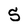
Character: 5